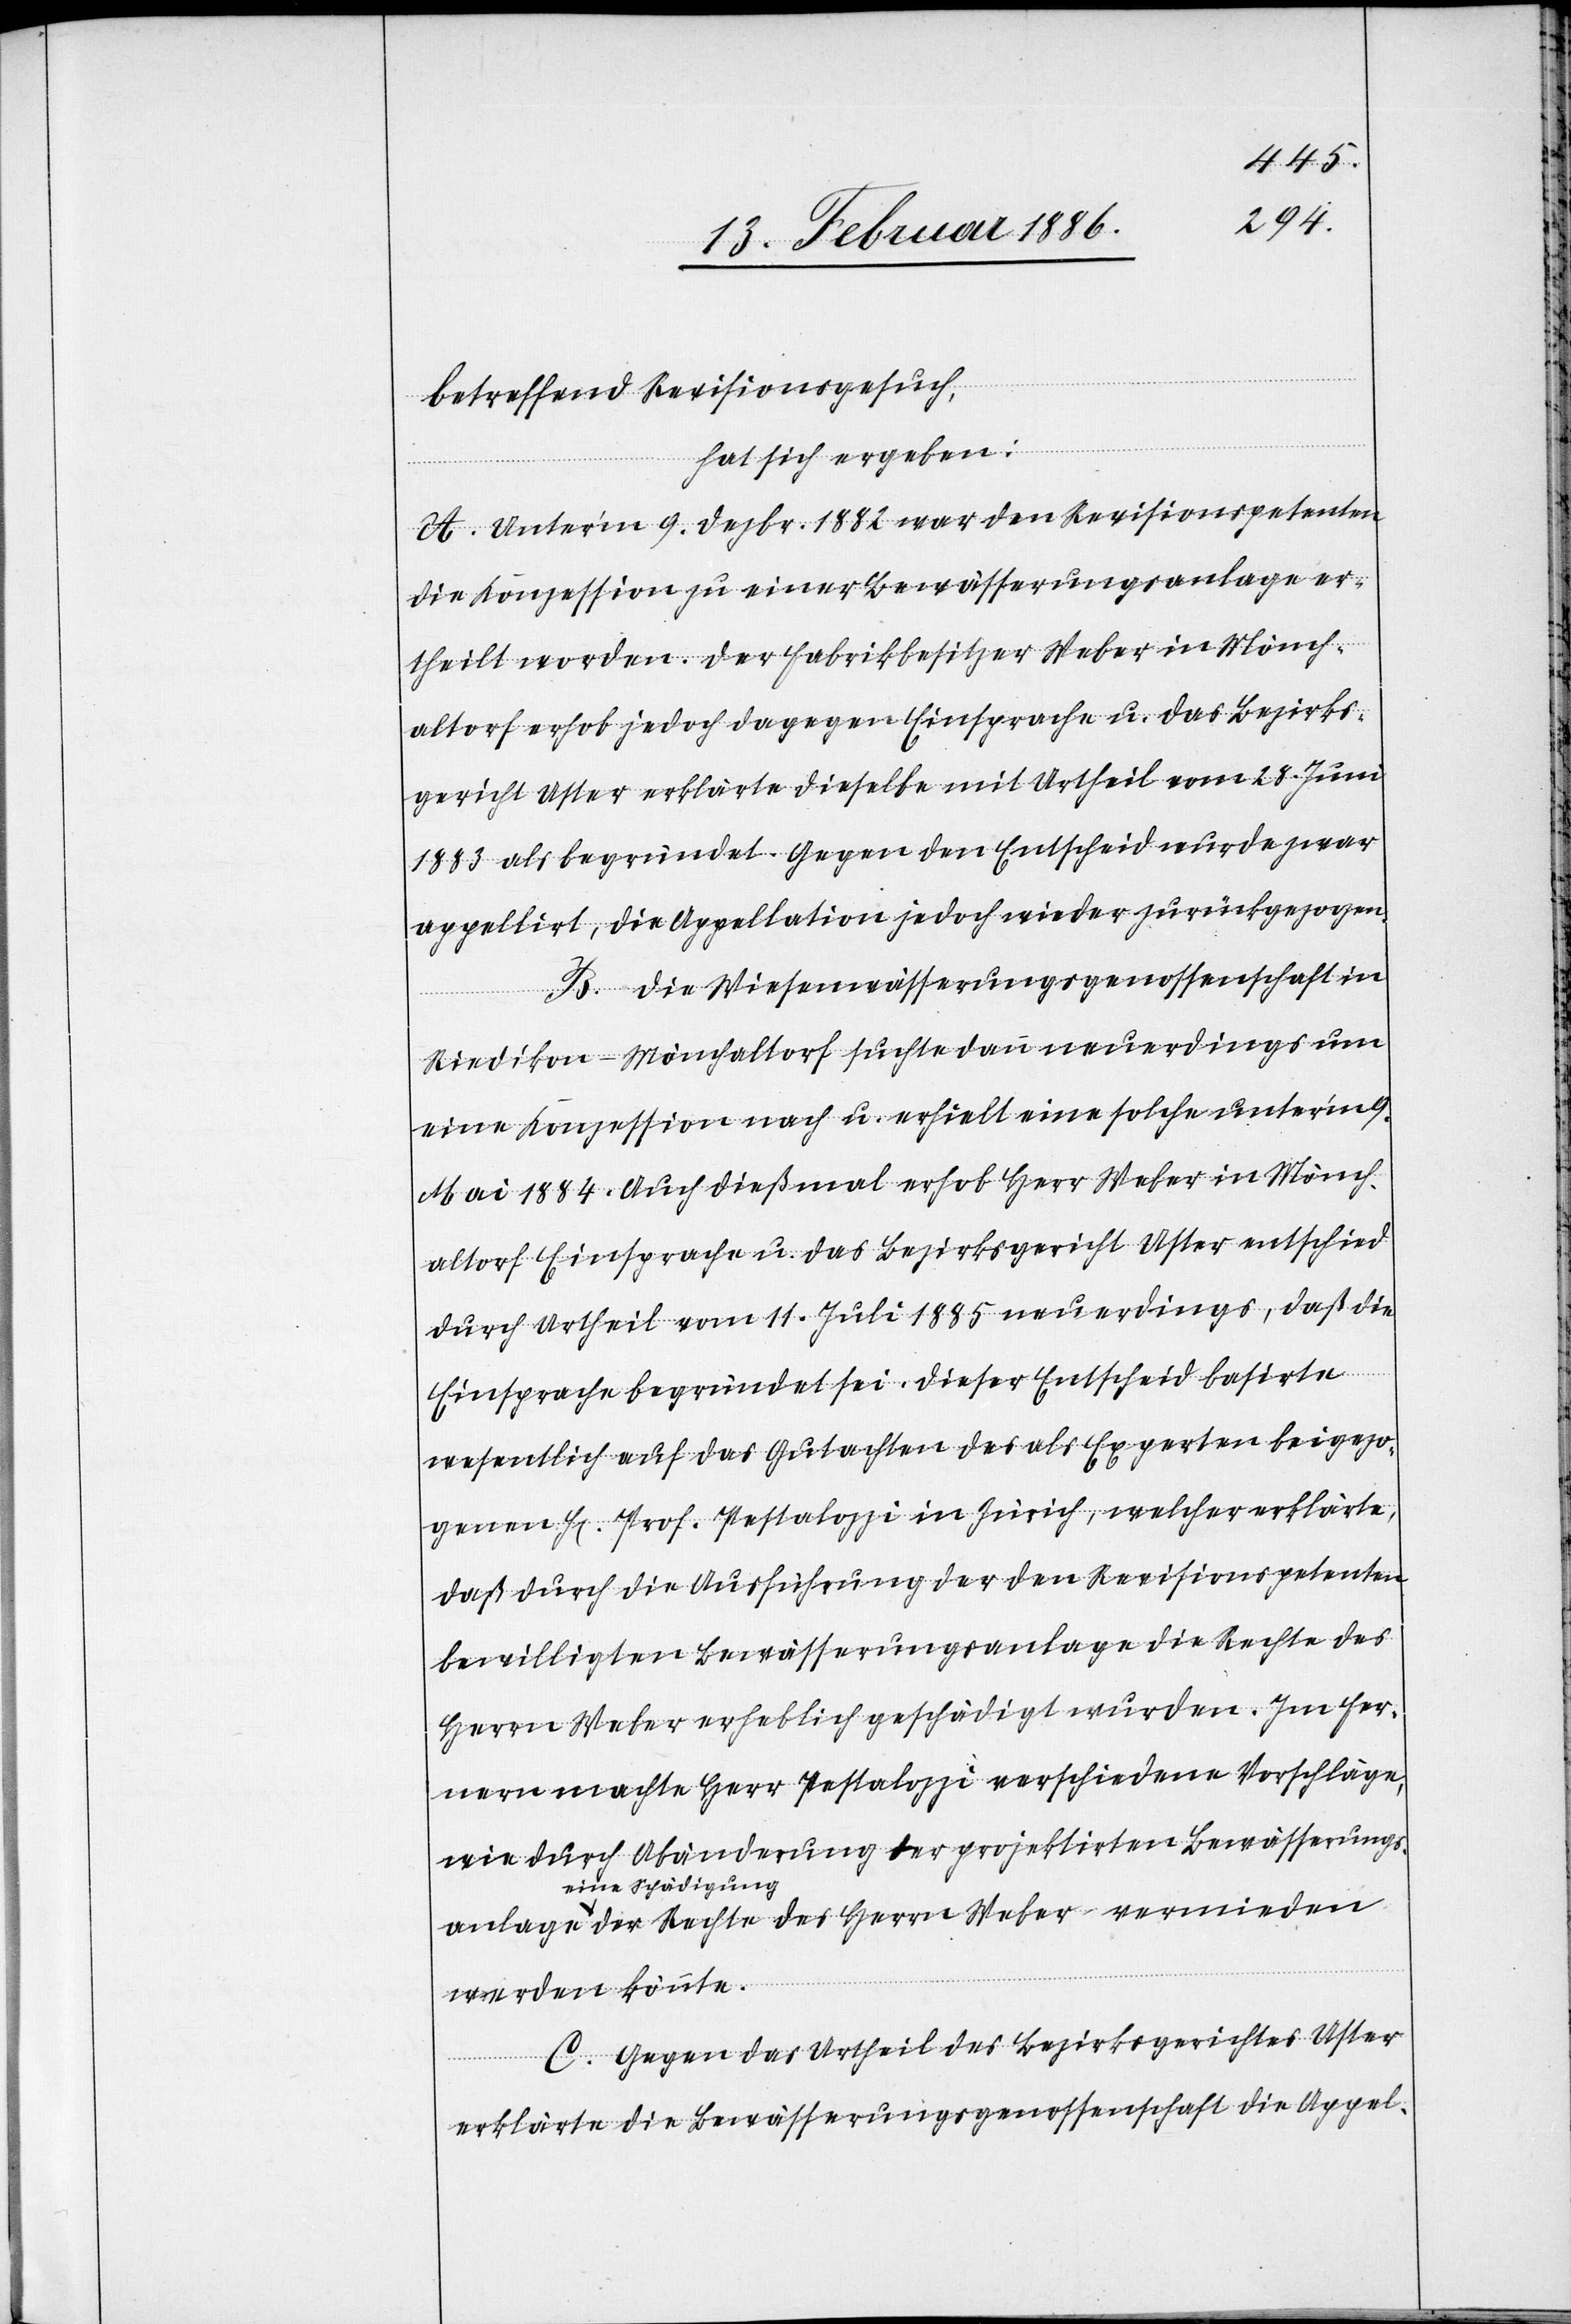
betreffend Revisionsgesuch,
vermieden
hat sich ergeben:
A. Unter’m 9. Dezbr. 1882 war den Revisionspetenten
die Konzession zu einer Bewässerungsanlage er¬
theilt worden. Der Fabrikbesitzer Weber in Mönch¬
altdorf erhob jedoch dagegen Einsprache u. das Bezirks¬
gericht Uster erklärte dieselbe mit Urtheil vom 28. Juni
1883 als begründet. Gegen den Entscheid wurde zwar
appellirt, die Appellation jedoch wieder zurückgezogen.
B. Die Wiesenwässerungsgenossenschaft in
Riedikon - Mönchaltdorf suchte dann neuerdings um
eine Konzession nach u. erhielt eine solche unter’m 9.
Mai 1884. Auch dießmal erhob Herr Weber in Mönch¬
altorf Einsprache u. das Bezirksgericht Uster entschied
durch Urtheil vom 11. Juli 1885 neuerdings, daß die
Einsprache begründet sei. Dieser Entscheid basirte
wesentlich auf dem Gutachten des als Experten beigezo¬
genen H[errn] Prof. Pestalozzi in Zürich, welcher erklärte,
daß durch die Ausführung der den Revisionspetenten
bewilligten Bewässerungsanlage die Rechte des
Herrn Weber erheblich geschädigt wurden. Im fer¬
nern machte Herr Pestalozzi verschiedene Vorschläge,
wie durch Abänderung der projektierten Bewässerungs¬
eine Schädigung
werden könnte.
C. Gegen das Urtheil des Bezirksgerichtes Uster
des
erklärte die Bewässerungsgenossenschaft die Appel-